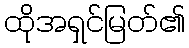
ထိုအရှင်မြတ်၏